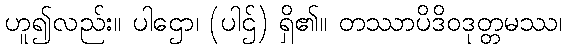
ဟူ၍လည်း။ ပါဌော၊ (ပါဌ်) ရှိ၏။ တဿာပိဒိဝဒုတ္တမဿ၊